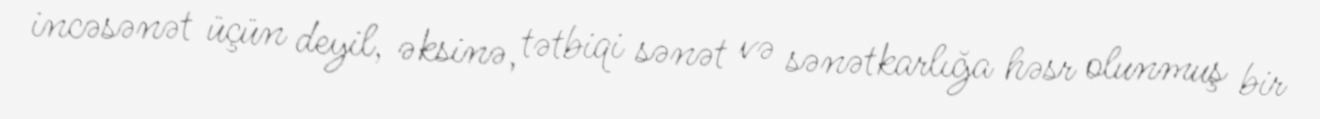
incəsənət üçün deyil, əksinə, tətbiqi sənət və sənətkarlığa həsr olunmuş bir